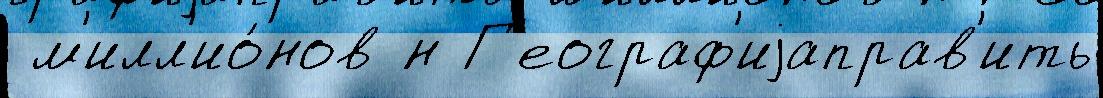
 м'илл'ио́нов н Г'еограф'иjаправ'ить